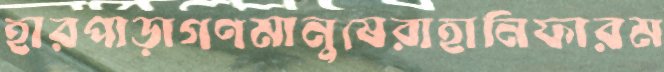
হারপাড়াগণমানুষেরাহানিফারম